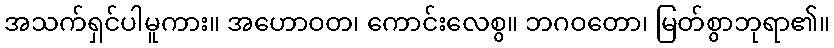
အသက်ရှင်ပါမူကား။ အဟောဝတ၊ ကောင်းလေစွ။ ဘဂဝတော၊ မြတ်စွာဘုရာ၏။